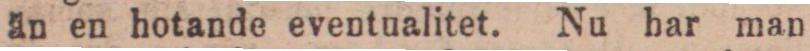
än en hotande eventualitet. Nu har man